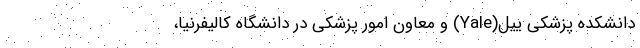
دانشکده پزشکی ییل(Yale) و معاون امور پزشکی در دانشگاه کالیفرنیا،